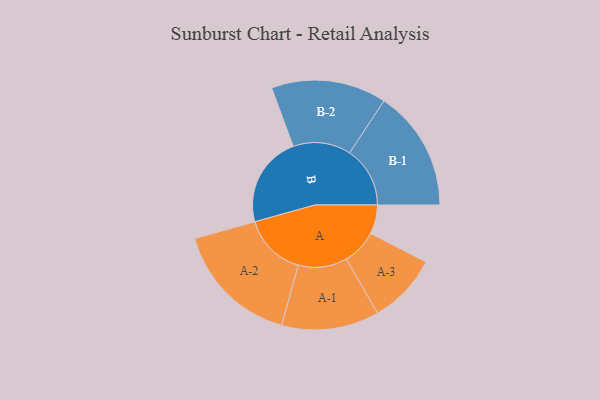
{"axis": {"x": "Segment", "y": "Value"}, "legend": ["", "A", "B"], "data": [{"x": "A", "y": 134, "type": ""}, {"x": "B", "y": 421, "type": ""}, {"x": "A-1", "y": 225, "type": "A"}, {"x": "A-2", "y": 291, "type": "A"}, {"x": "A-3", "y": 162, "type": "A"}, {"x": "B-1", "y": 279, "type": "B"}, {"x": "B-2", "y": 266, "type": "B"}]}